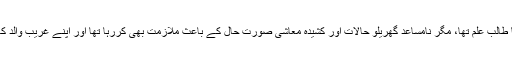
وہ بی ٹیک کا طالب علم تھا، مگر نامساعد گھریلو حالات اور کشیدہ معاشی صورت حال کے باعث ملازمت بھی کررہا تھا اور اپنے غریب والد کا ہاتھ بٹاتا تھا۔